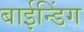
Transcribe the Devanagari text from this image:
बाईन्डिंग